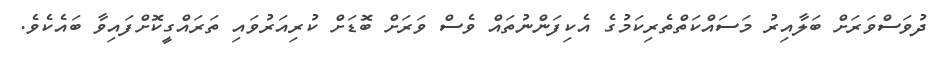
ދުވަސްވަރަށް ބަލާއިރު މަސައްކަތްތެރިކަމުގެ އެކިފަންނުތައް ވެސް ވަރަށް ބޮޑަށް ކުރިއަރުވައި ތަރައްގީކޮށްފައިވާ ބައެކެވެ.